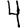
Digit: 4